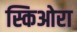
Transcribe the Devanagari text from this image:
स्किओरा